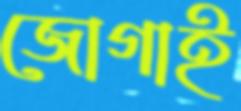
জোগাই